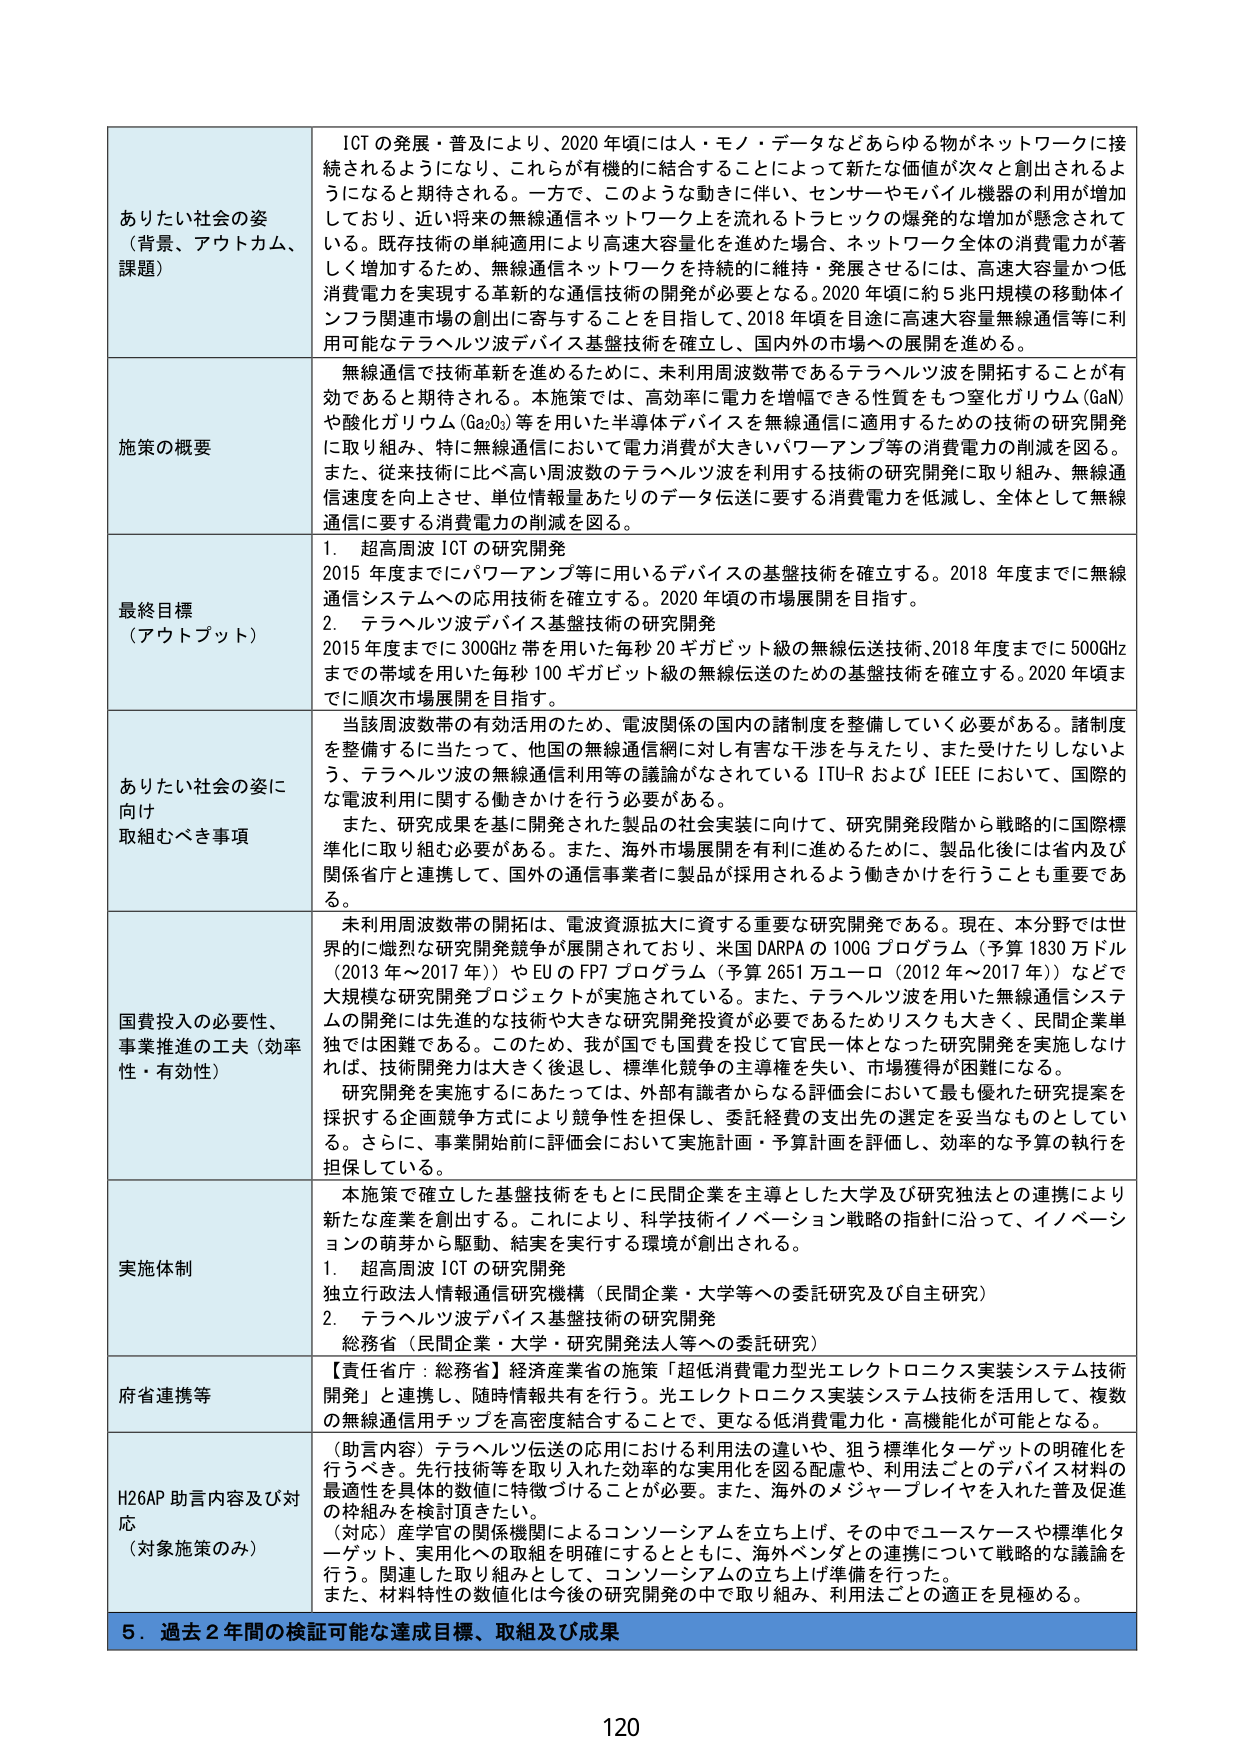
ありたい社会の姿
（背景、アウトカム、課題）
ICTの発展・普及により、2020年頃には人・モノ・データなどあらゆる物がネットワークに接続されるようになり、これらが有機的に結合することによって新たな価値が次々と創出されるようになると期待される。一方で、このような動きに伴い、センサーやモバイル機器の利用が増加しており、近い将来の無線通信ネットワーク上を流れるトラフィックの爆発的な増加が懸念されている。既存技術の単純適用により高速大容量化を進めた場合、ネットワーク全体の消費電力が著しく増加するため、無線通信ネットワークを持続的に維持・発展させるには、高速大容量かつ低消費電力を実現する革新的な通信技術の開発が必要となる。2020年頃に約5兆円規模の移動体インフラ関連市場の創出に寄与することを目指して、2018年頃を目途に高速大容量無線通信等に利用可能なテラヘルツ波デバイス基盤技術を確立し、国内外の市場への展開を進める。

施策の概要
無線通信で技術革新を進めるために、未利用周波数帯であるテラヘルツ波を開拓することが有効であると期待される。本施策では、高効率に電力を増幅できる性質をもつ窒化ガリウム（GaN）や酸化ガリウム（Ga₂O₃）等を用いた半導体デバイスを無線通信に適用するための技術の研究開発に取り組み、特に無線通信において電力消費が大きいパワーアンプ等の消費電力の削減を図る。また、従来技術に比べ高い周波数のテラヘルツ波を利用する技術の研究開発に取り組み、無線通信速度を向上させ、単位情報量あたりのデータ伝送に要する消費電力を低減し、全体として無線通信に要する消費電力の削減を図る。

最終目標
（アウトプット）
1．超高周波ICTの研究開発
2015年度までにパワーアンプ等に用いるデバイスの基盤技術を確立する。2018年度までに無線通信システムへの応用技術を確立する。2020年頃の市場展開を目指す。
2．テラヘルツ波デバイス基盤技術の研究開発
2015年度までに300GHz帯を用いた毎秒20ギガビット級の無線伝送技術、2018年度までに500GHzまでの帯域を用いた毎秒100ギガビット級の無線伝送のための基盤技術を確立する。2020年頃までに順次市場展開を目指す。

ありたい社会の姿に向け
取組むべき事項
当該周波数帯の有効活用のため、電波関係の国内の諸制度を整備していく必要がある。諸制度を整備するに当たって、他国の無線通信網に対し有害な干渉を与えたり、また受けたりしないよう、テラヘルツ波の無線通信利用等の議論がなされているITU-RおよびIEEEにおいて、国際的な電波利用に関する働きかけを行う必要がある。
また、研究成果を基に開発された製品の社会実装に向けて、研究開発段階から戦略的に国際標準化に取り組む必要がある。また、海外市場展開を有利に進めるために、製品化後には省内及び関係省庁と連携して、国外の通信事業者に製品が採用されるよう働きかけを行うことも重要である。

国費投入の必要性、
事業推進の工夫（効率性・有効性）
未利用周波数帯の開拓は、電波資源拡大に資する重要な研究開発である。現在、本分野では世界的に熾烈な研究開発競争が展開されており、米国DARPAの100Gプログラム（予算1830万ドル（2013年～2017年））やEUのFP7プログラム（予算2651万ユーロ（2012年～2017年））などで大規模な研究開発プロジェクトが実施されている。また、テラヘルツ波を用いた無線通信システムの開発には先進的な技術や大きな研究開発投資が必要であるためリスクも大きく、民間企業単独では困難である。このため、我が国でも国費を投じて官民一体となった研究開発を実施しなければ、技術開発力は大きく後退し、標準化競争の主導権を失い、市場獲得が困難になる。
研究開発を実施するにあたっては、外部有識者からなる評価会において最も優れた研究提案を採択する企画競争方式により競争性を担保し、委託経費の支出先の選定を妥当なものとしている。さらに、事業開始前に評価会において実施計画・予算計画を評価し、効率的な予算の執行を担保している。

実施体制
本施策で確立した基盤技術をもとに民間企業を主導とした大学及び研究独法との連携により新たな産業を創出する。これにより、科学技術イノベーション戦略の指針に沿って、イノベーションの萌芽から駆動、結実を実行する環境が創出される。
1．超高周波ICTの研究開発
独立行政法人情報通信研究機構（民間企業・大学等への委託研究及び自主研究）
2．テラヘルツ波デバイス基盤技術の研究開発
総務省（民間企業・大学・研究開発法人等への委託研究）

府省連携等
【責任省庁：総務省】経済産業省の施策「超低消費電力光エレクトロニクス実装システム技術開発」と連携し、超低消費電力光エレクトロニクス実装システム技術を活用して、複数の無線通信用チップを高密度結合することで、更なる低消費電力化・高機能化が可能となる。

H26AP助言内容及び対応
（対象施策のみ）
（助言内容）テラヘルツ伝送の応用における利用法の違いや、狙う標準化ターゲットの明確化を行うべき。先行技術等を取り入れた効率的な実用化を図る配慮や、利用法ごとのデバイス材料の最適性を具体的数値に特徴づけることが必要。また、海外のメジャープレイヤを入れた普及促進の枠組みを検討頂きたい。
（対応）産学官の関係機関によるコンソーシアムを立ち上げ、その中でユースケースや標準化ターゲット、実用化への取組を明確にするとともに、海外ベンダとの連携について戦略的な議論を行う。関連した取り組みとして、コンソーシアムの立ち上げ準備を行った。
また、材料特性の数値化は今後の研究開発の中で取り組み、利用法ごとの適正を見極める。

5．過去2年間の検証可能な達成目標、取組及び成果
120